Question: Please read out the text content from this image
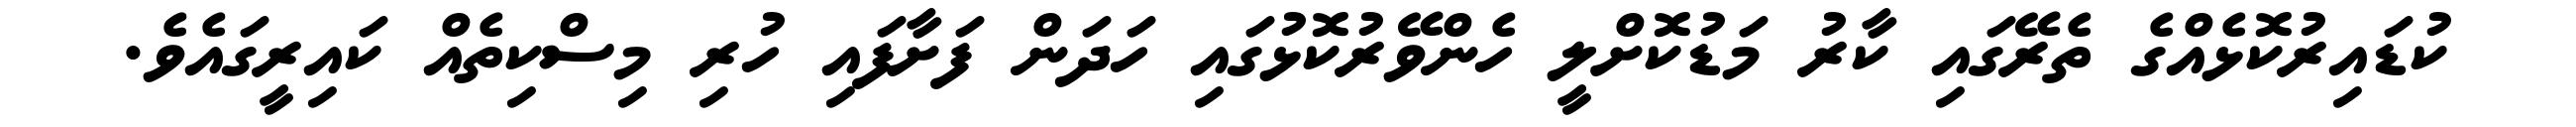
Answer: ކުޑައިރުކޮޅެއްގެ ތެރޭގައި ކާރު މަޑުކޮށްލީ ހެންވޭރުކޮޅުގައި ހަދަން ފަށާފައި ހުރި މިސްކިތެއް ކައިރީގައެވެ.